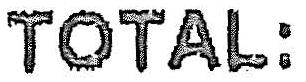
TOTAL: